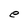
Character: e